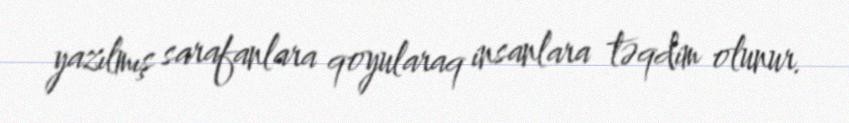
yazılmış sarafanlara qoyularaq insanlara təqdim olunur.